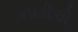
નાડીએ